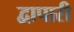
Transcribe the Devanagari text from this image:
द्वापारी